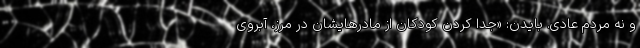
و نه مردم عادی. بایدن: «جدا کردن کودکان از مادرهایشان در مرز، آبروی